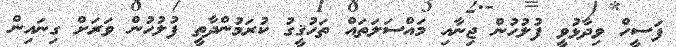
ފަސީހް ވިދާޅުވީ ފުލުހުން ޖިނާއި މައްސަލަތައް ތަހުޤީގު ކުރަމުންދާތީ ފުލުހުން ވަރަށް ގިނައިން